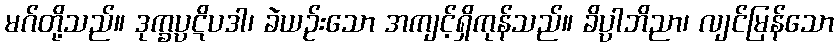
မဂ်တို့သည်။ ဒုက္ခပ္ပဋိပဒါ၊ ခဲယဉ်းသော အကျင့်ရှိကုန်သည်။ ခိပ္ပါဘိညာ၊ လျင်မြန်သော